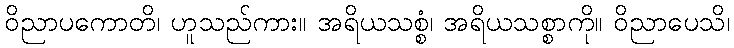
ဝိညာပကောတိ၊ ဟူသည်ကား။ အရိယသစ္စံ၊ အရိယသစ္စာကို။ ဝိညာပေသိ၊